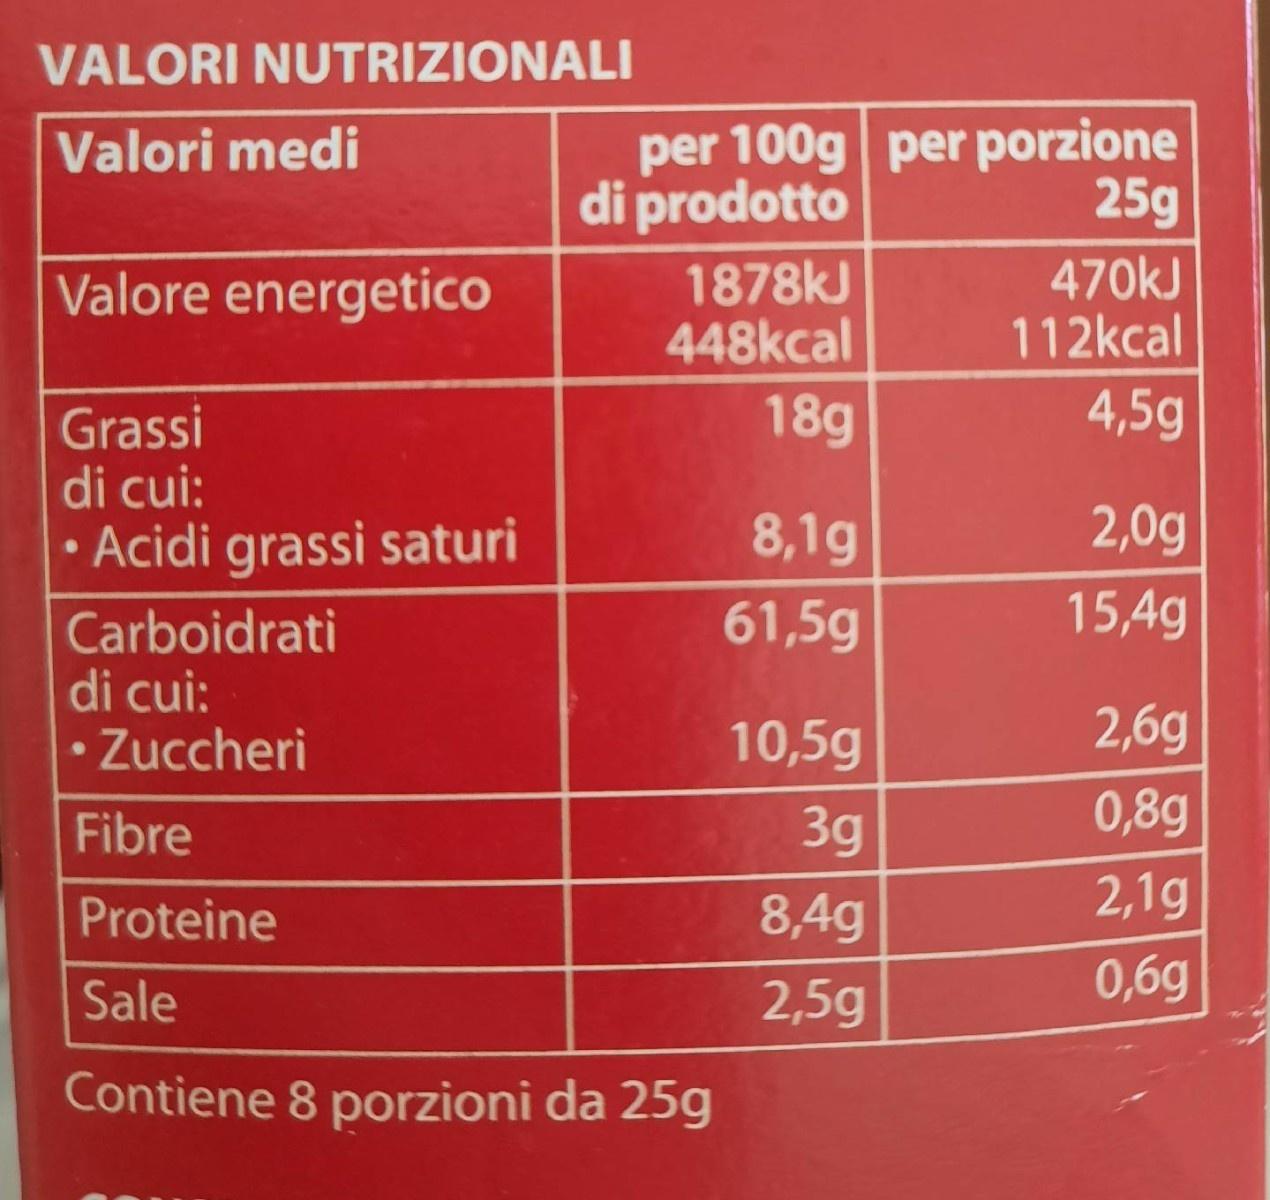
VALORI NUTRIZIONALI
per 100g per porzione di prodotto
Valori medi
25g
1878kJ 448kcal
470kJ 112kcal
Valore energetico
18g
4,5g
Grassi di cui: • Acidi grassi saturi
8,1g
2,0g
61,5g
15,4g
Carboidrati di cui: • Zuccheri
10,5g
2,6g
Fibre
3g
0,8g
Proteine
8,4g
2,1g
Sale
2,5g
0,6g
Contiene 8 porzioni da 25g